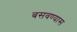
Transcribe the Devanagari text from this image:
बसवण्‍यास